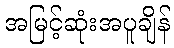
အမြင့်ဆုံးအပူချိန်